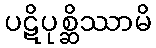
ပဋိပုစ္ဆိဿာမိ